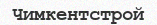
Чимкентстрой